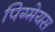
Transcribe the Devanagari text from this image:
पिग्मेयस